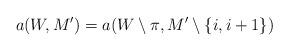
LaTeX: \begin{align*}a(W,M') = a(W \setminus \pi,M' \setminus \{i,i+1\})\end{align*}